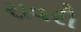
રાવરી